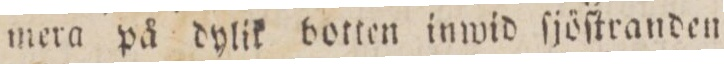
mera på dylik botten inwid ſjöſtranden